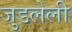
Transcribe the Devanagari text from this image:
जुडलेली